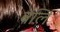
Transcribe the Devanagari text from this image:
बर्लि